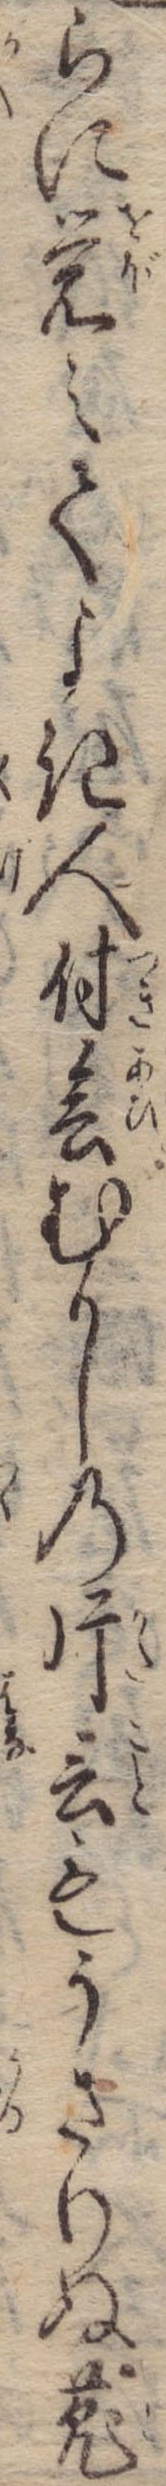
らに覚えてよき人付会むかしの片言もうさりぬ菟